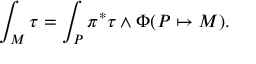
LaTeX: \int _ { M } \tau = \int _ { P } \pi ^ { * } \tau \wedge \Phi ( P \mapsto M ) .